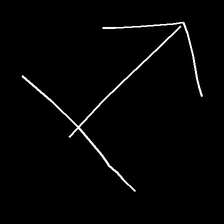
Glyph: levitation